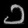
Digit: ၁